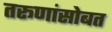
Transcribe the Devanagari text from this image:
तरूणांसोबत